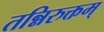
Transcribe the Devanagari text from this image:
तन्निरुक्तम्